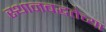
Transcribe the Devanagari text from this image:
स्थानबद्धतेच्या